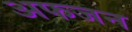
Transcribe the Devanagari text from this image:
अफजन